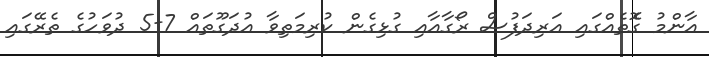
އާންމު ގޮެތެއްގައި އަރިދަފުސް ރޯގާއާއި ގުޅިގެން ކުރިމަތިވާ އުދަގޫތައް 7-5 ދުވަހުގެ ތެރޭގައި